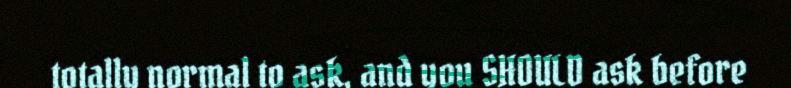
totally normal to ask, and you SHOULD ask before